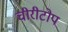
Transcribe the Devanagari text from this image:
चीरीटोप